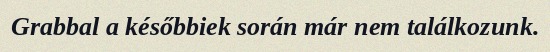
Grabbal a későbbiek során már nem találkozunk.